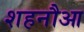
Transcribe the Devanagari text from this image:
शहनौआ